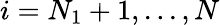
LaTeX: i=N_{1}+1,...,N